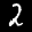
Label: 2